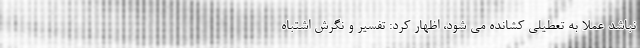
نباشد عملا به تعطیلی کشانده می شود، اظهار کرد: تفسیر و نگرش اشتباه